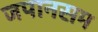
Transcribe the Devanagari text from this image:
जपानसम